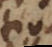
tio